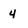
Character: 4